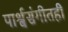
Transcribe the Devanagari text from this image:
पार्श्वसंगीतही